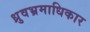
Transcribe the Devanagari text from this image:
ध्रुवभ्रमाधिकार